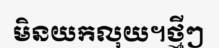
មិនយកលុយ។ថ្មីៗ